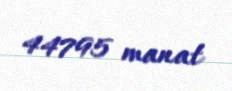
44795 manat